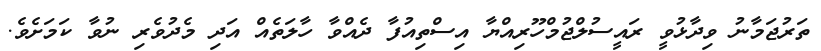
ތަރުޖަމާނު ވިދާޅުވީ ރައީސުލްޖުމްހޫރިއްޔާ އިސްތިއުފާ ދެއްވާ ހާލަތެއް އަދި މެދުވެރި ނުވާ ކަމަށެވެ.